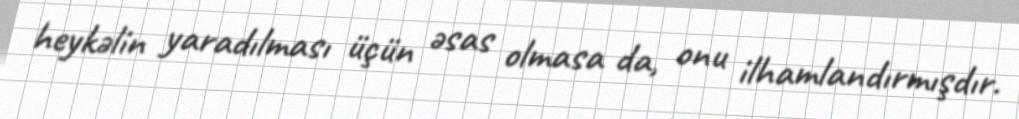
heykəlin yaradılması üçün əsas olmasa da, onu ilhamlandırmışdır.